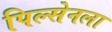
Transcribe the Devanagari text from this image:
पिल्सेनला